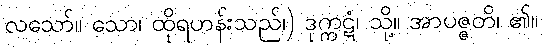
လသော်။ သော၊ ထိုရဟန်းသည်၊) ဒုက္ကဋံ၊ သို့။ အာပဇ္ဇတိ၊ ၏။